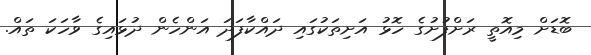
ބޮޑަށް މިއޮތީ ރަށްފުށުގެ ހޮޅު އަށިތަކުގައި ދައްކާފަދަ އަންހެން ދުޅައިގެ ވާހަކަ ތައް.